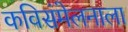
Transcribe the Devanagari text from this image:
कविसंमेलनाला